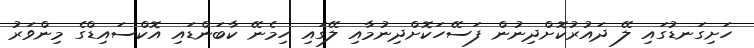
ހަށިގަނޑުގައި ލޭ ދައުރުކޮށްދިނުން ފަސޭހަކޮށްދިނުމާއި ލޭގައި ހިމެނޭ ކާބަންޑައި އޮކްސައިޑްގެ މިންވަރު